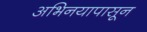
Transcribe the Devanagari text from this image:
अभिनयापासून